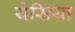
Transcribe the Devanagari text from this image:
येसिया